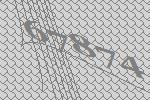
67874